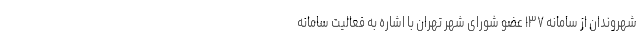
شهروندان از سامانه ۱۳۷ عضو شورای شهر تهران با اشاره به فعالیت سامانه